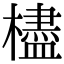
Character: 㯸